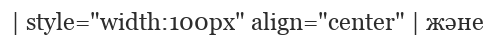
| style="width:100px" align="center" | және